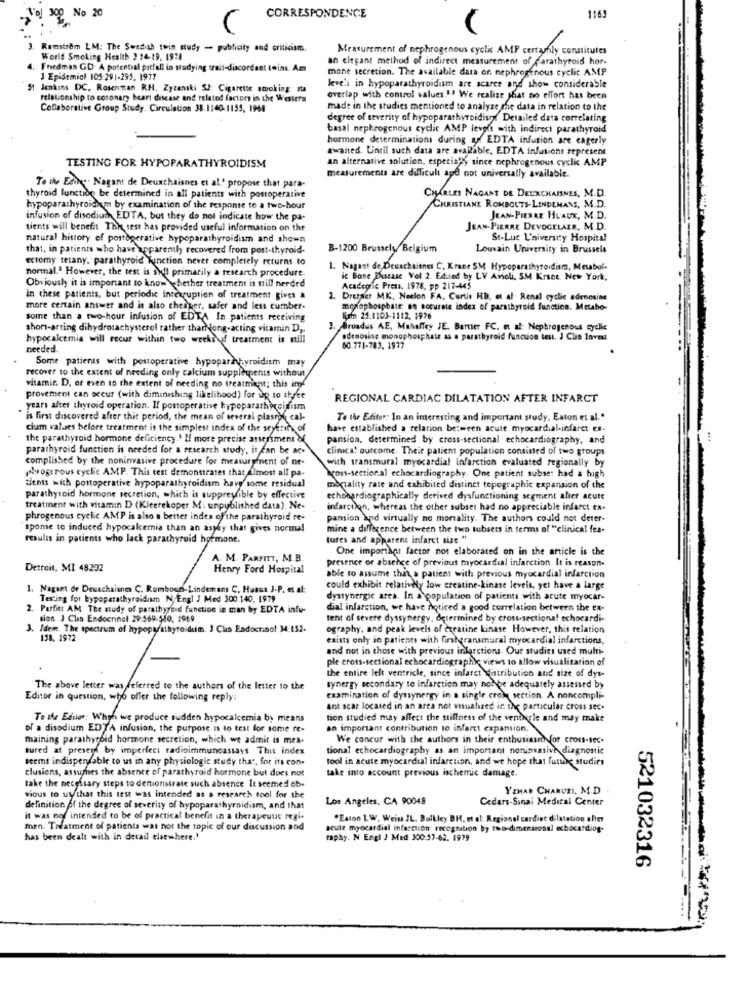
No 20
8.
CORRESPONDENCE
1163
(
Ramstrom LM: The Swedish twin study - publicity and criticism.
Measurement of nephrogenous cyclic AMP certainly constitutes
World Smoking Health 3 24-19, 1971
an elegant method of indirect measurement of parathyroid hor.
Friedmas GD: A potential patfall in studying treit-discordant (wins. Am
mone secretion. The available data on nephrogenous cyclic AMP
J Epidemiol 105:291-295. 1977
5 Jenkins DC. Rosenman RH. Zytanski SJ: Cigarette smoking: 10
kveli in hypoparathyroidism are scarce and show considerable
relationship to coronary heart disease and related factors in the Wettera
overlap with control values.I. We realize that no effort has been
Collaborative Group Study. Circulation 38.1140-1155, 1968
made in the studies mentioned to analyze the data in relation to the
degree of severity of hypoparathyroidism. Detailed data correlating
basal nephrogenous cyclic AMP levels with indirect parathyroid
hormone determinations during auf EDTA infusion are eagerly
awaited. Until such data are available, EDTA infusions represent
an alternative solution, especially since nephrogenous cyclic AMP
TESTING FOR HYPOPARATHYROIDISM
measurements are difficult ape not universally available.
To the Edile. Nagant de Deuxthaisnes et al.' propose that para-
CHARLES NAGANT DE DEUXCHAINES, M.D.
thyroid function be determined in all patients with postoperative
hypoparathyroidism by examination of the response to a two-hour
CHRISTIANE ROMBOUTS- LINDEMANS, M.D.
infusion of disedium EDTA, but they do not indicate how the pa-
JEAN- PIERAZ HUAUX, M.D.
tients will benefit Thi test has provided useful information on the
JEAN-PIERRE DEVOGELAER, M.D.
natural history of postoperative hypoparathyroidism and shown
St-Luc L'niversity Hospital
that, in patients who have apparently recovered from post-thyroid.
B-1200 Brussely Belgium
Louvain University in Brussels
ectomy tetany, parathyroid Function never completely returns to
normal." However, the test is soll primarily a research procedure.
Nagast de Deuxchtisnes C, Krane SM Hypoparathyroidism, Mesbol-
ic Bone Buscase Vol 2. Edited by LV Avicli, SM Krace. New York,
Obviously it is important to know whether treatment is still needed
Academic Press. 1978, pp 217-445
in these patients, but periodic interruption of treatment gives a
2. Dresner MK, Necon FA. Curtis HB, et al Renal cyclic adenosine
more certain answer and is also cheaper, safer and less cumber-
moxophosphate on accurate index of parathyroid function. Metabo-
some than a two-hour infusion of EDTA In patients receiving
Kam 25:1103-1112, 2976
short-arting dihydrotachysterol rather tharNong-acting vitamin D,
.Broadus AE, Mahaffey JE. Bartier FC. o af: Nephrogenous Gyelic
hypocalcemia will recur within two weeks of treatment is still
adenosine monophosphate as a parathyroid function test. J Clin Invest
needed.
60.771-783. 1977
Some patients with postoperative hypoparatyroidism may
recover to the extent of needing only calcium supplements without
visamir. D. or even to the extent of needing no treatment; this ime
provement can occur (with diminishing likelihood) for up to three
REGIONAL CARDIAC DILATATION AFTER INFARCT
years after thyroid operation. Il postoperative hypoparathyroidism
is first discovered after this period, the mean of several plasrol cal-
To the Editor: In an interesting and important study. Eaton et al."
cium values before treatment is the simplest index of the seyeni
have established a relation between acute myocardial-infarct en-
the parathyroid hormone deficiency.' If more precise assersment &
pansion. determined by cross-sectional echocardiography, and
parathyroid function is needed for a research study, it can be ac-
clinica! outcome. Their patient population consisted of two groups
complished by the noninvasive procedure for measurpfnent of ne-
with transmural myocardial infarction evaluated regionally by
plyogerous cyclic AMP. This test demonstrates that Almost all pa-
bross-sectional echocardiography. One patient subset had a high
tients with postoperative hypoparathyroidism have some residual
mortality rate and exhibited distinct topographic expansion of the
parathyroid hormone secretion, which is suppresible by effective
echocardiographically derived dysfunctioning segment after acute
treatment with vitamin D (Kleerekoper M : unpublished data). Ne-
infarctlon, whereas the other subset had no appreciable infarct ta-
phrogenous cyclic AMP is also a better indes of the parathyroid re-
pansion and virtually no mortality. The authors could not deter-
sponse to induced hypocakemia than an aspby that gives normal
mine a difference between the two tubsets in terms of "clinical fea-
results in patients who lack parathyroid hormone.
(ures and apparent infarct size. "
One important factor not elaborated on in the article is the
A. M. PARFITT, M.B.
presence or absence of previous myocardial infarction It is reason-
Detroit, MI 48202
Henry Ford Hospital
able to assume that a patient with previous myocardial infarction
1. Nagant de Deuschaines C. Romboun-Lindemans C. Huaus J-P. et al:
could exhibit relatively low creatine-kinase levels, yet have a large
Testing for hypoparathyroidism N. Engl J Med 300.140, 1979
dyssynergie area. In a population of patients with acute myocar-
2. Parfitt AM The study of parathyroid function in man by EDTA infu-
dial infarction, we have noticed a good correlation between the ex-
sios J Cha Endocrinal 29:569-540, 1969
tent of severe dyssynergy, determined by cross-sectiona! echocardi-
3. Idem. The spectrum of hypoparathyroidum. I Cun Endocrinol 34:152-
ography, and peak levels of ereatine kinase However, this relation
158. 1972
exists only in patients with firsheransmural myocardial infarctions,
and not in those with previous infarctions. Our studies used multi-
ple cross-sectional echocardiography views to allow visualization of
the entire lelt ventricle, since infarct distribution and size of dys-
The above letter was referred to the authors of the letter to the
synergy secondary to infarction may notbe adequately assessed by
Editor in question, who offer the following reply:
examination of dyssynergy in a single crom section. A noncompli-
ant scar located in an area not visuahaed in the particular cross sec.
Te the Editor: When we produce sudden hypocalcemia by means
tion studied may affect the stillness of the veniigle and may make
of a disodium EDTA infusion, the purpose is to test for some re-
an important contribution to infarct expansion.
maining parathyroid hormone secretion, which we admit is mes-
We concur with the authors in their enthusiasm for cross-sec.
tured at present by imperfect radioimmunoassays This index
tional echocardiography as an important noninasive diagnostic
seems indispensable to us in any physiologic study that, for its con-
tool in acute myocardial infarction, and we hope that future studies
clusions, assumes the absence of parathyroid hormone but does not
take into account previous ischemic damage.
take the necessary steps to demtionstrate such absence It seemed ob.
YEHAR CHARUZI, M.D
vious to wy that this test was intended as a research tool for the
Los Angeles, CA 90048
Cedars-Sinai Medical Center
definition of the degree of severity of hypoparathyroidism, and that
it was not intended to be of practical benefit in a therapeutic regi-
.Eaton LW, Weiss IL. Bulkley BH, et al: Regional cardine dilatation after
men. Treatment of patients was not the topic of our discussion and
acute myocardial infarction recognition by two-dimensional echocardiog-
has been dealt with in detail elsewhere.'
raphy. N Engl J Med 300:57-62. 1979
521032316